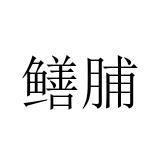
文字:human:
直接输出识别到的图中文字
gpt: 鳝脯